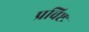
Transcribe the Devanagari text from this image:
प्रविष्टः